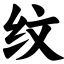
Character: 纹